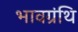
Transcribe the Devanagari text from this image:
भावग्रंथि